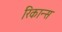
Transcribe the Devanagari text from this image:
रिकान्स